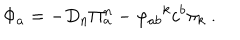
\Phi _ { a } = - D _ { n } \Pi _ { a } ^ { n } - { \varphi _ { a b } } ^ { k } c ^ { b } \pi _ { k } ~ .